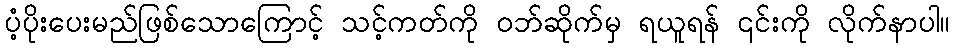
ပံ့ပိုးပေးမည်ဖြစ်သောကြောင့် သင့်ကတ်ကို ဝဘ်ဆိုက်မှ ရယူရန် ၎င်းကို လိုက်နာပါ။